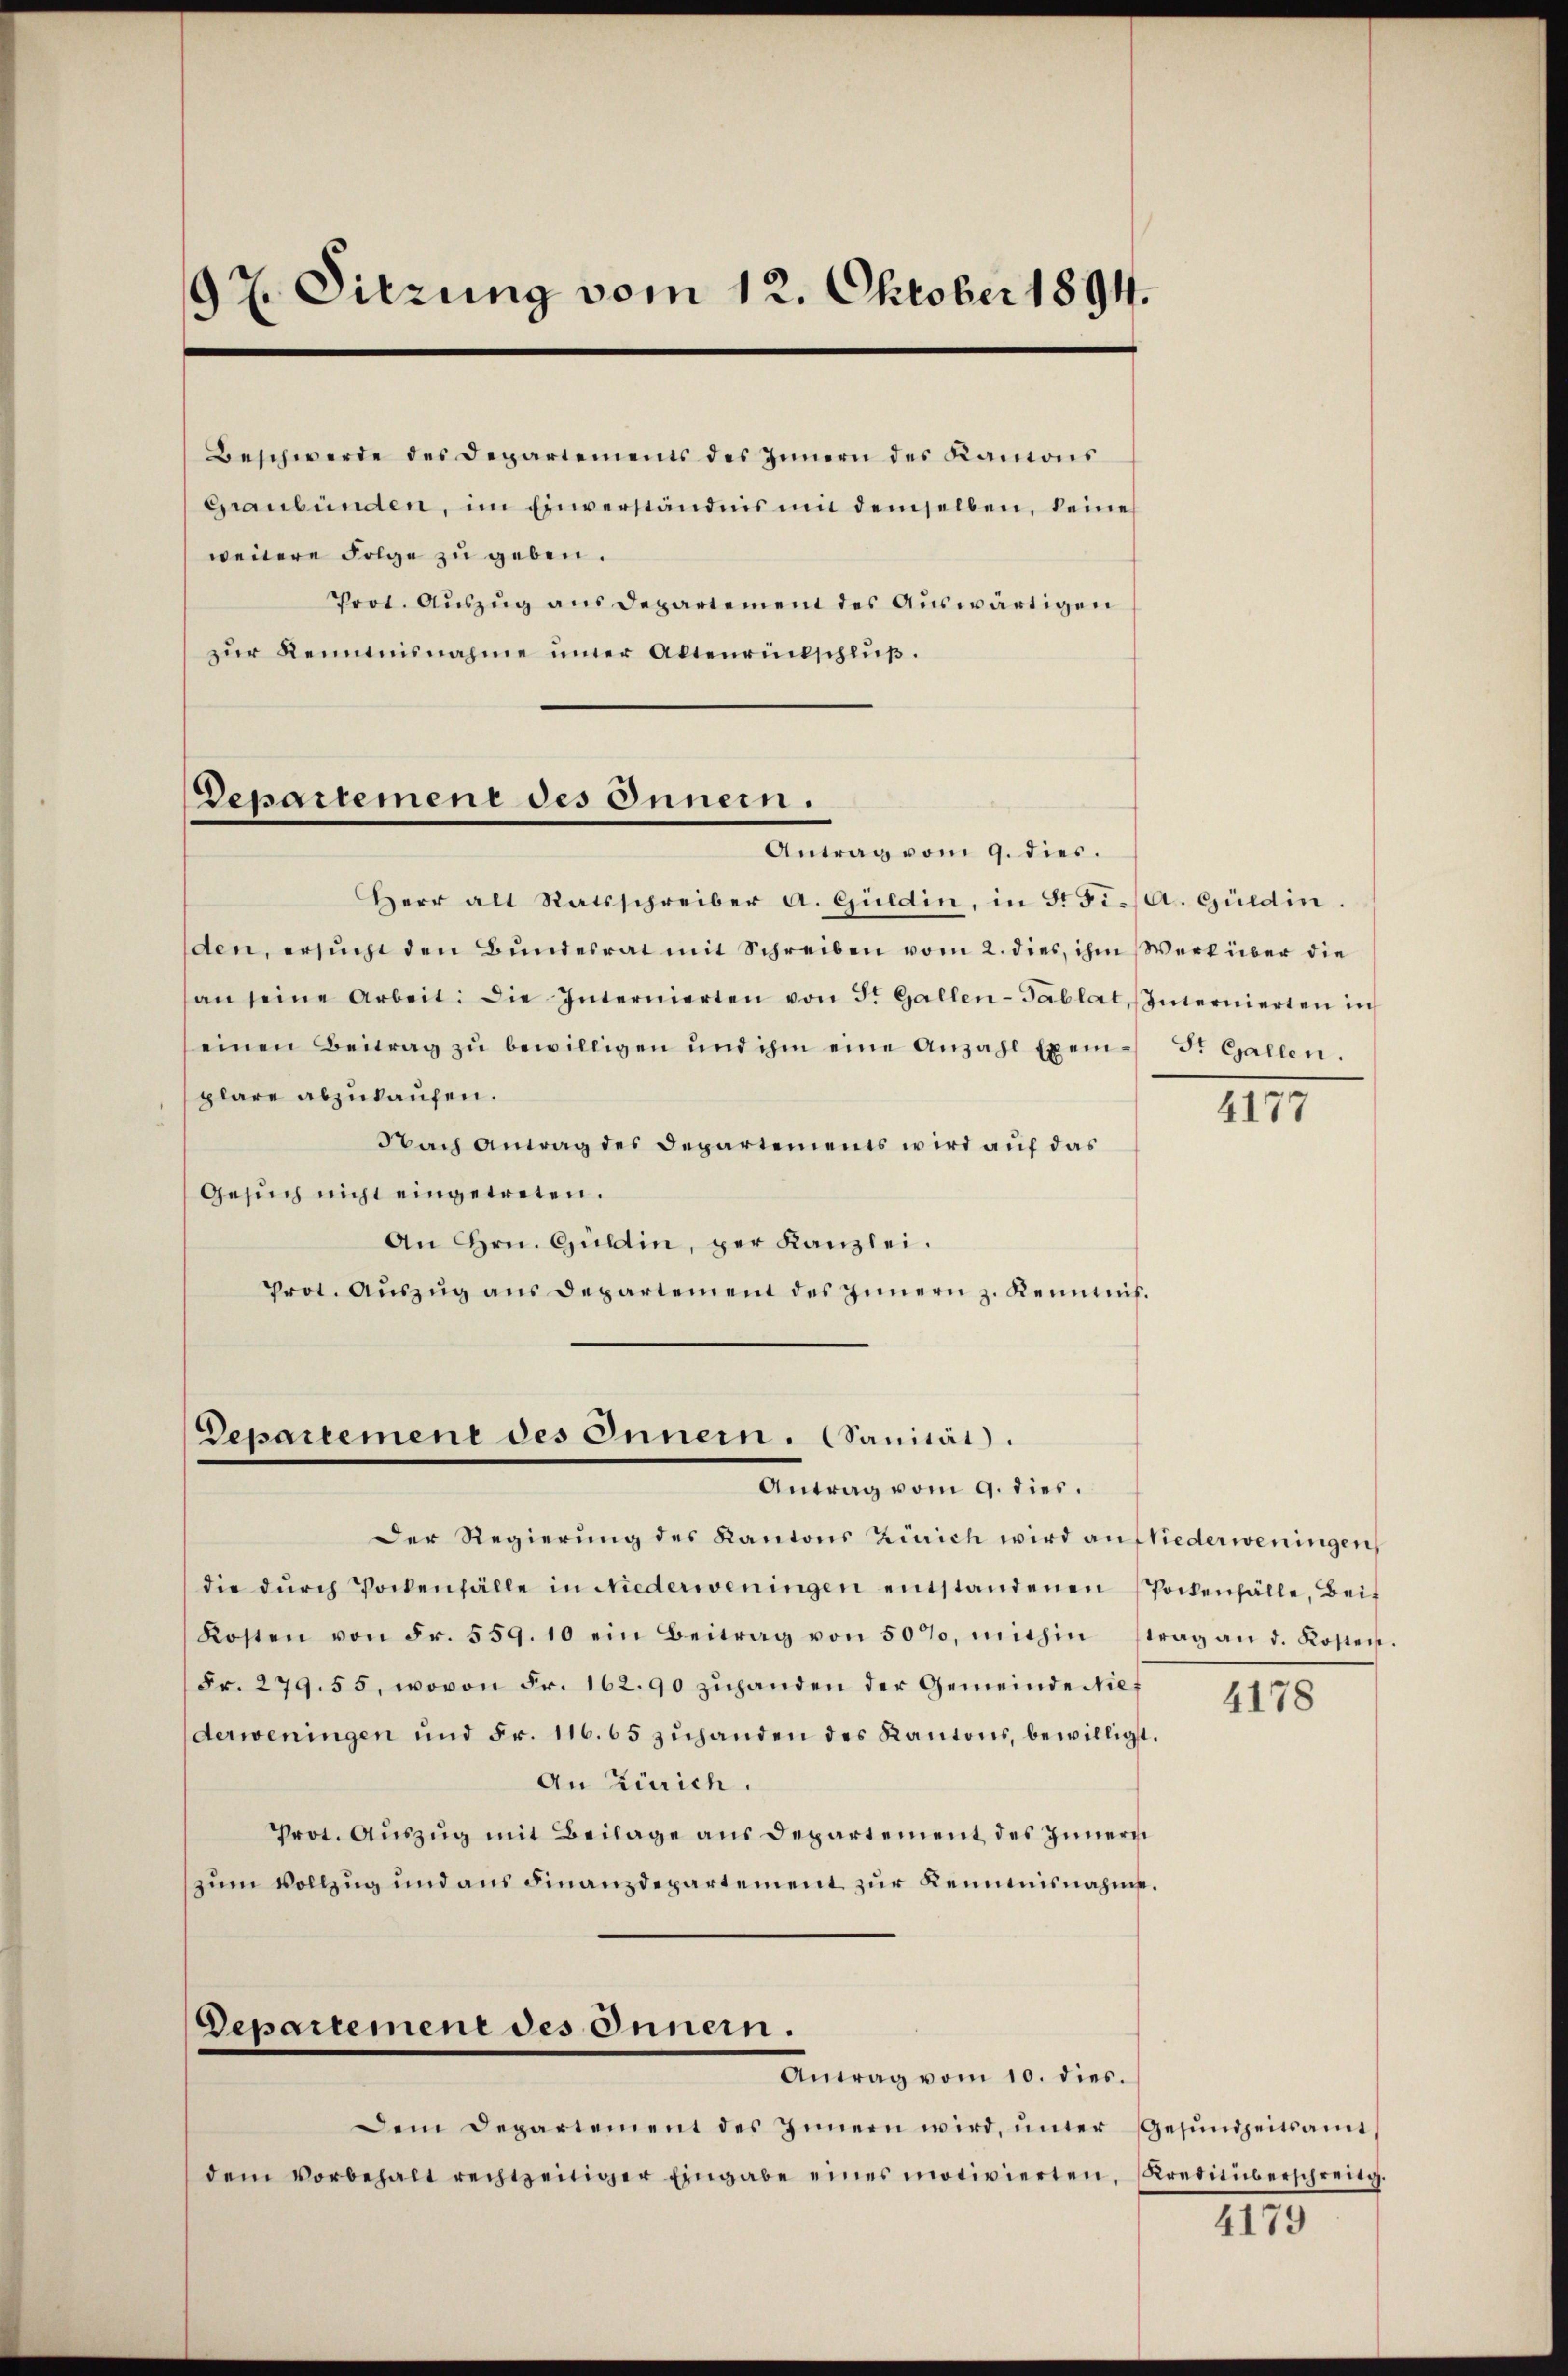
97. Sitzung vom 12. Oktober 1894.

Beschwerde des Departements des Innern des Kantons
Graubünden, im Einverständnis mit demselben, keine
wenere Folge zu geben.
Prot. Auszug aus Departement des Auswärtigen
zŭr Kenntnisnahme iner Altenrückschlŭβ.

Departemene des Innern.

Departement des Innern. Sanität.
Antrag vom 9. dies.

Antrag vom 9. dies.
Herr alt Ratsschreiber a. Guldin, in S. Fis. Guldin.
den, ersucht den Bundesrat mit Schreiben vom 2. dies, ihm Werk über die
an seine Arbeit: Die Internierten von St. Gallen-Tablat Internierten in
einen Beitrag zŭ bewilligen und ihm eine Anzahl Exem- St. Gallen.
plare abzukaufen.
Nach Antag des Departements wird auf das
Gesuch nicht eingetreten.
An Hrn. Gültin, per Kanzlei.
Prot. Aŭszŭg ans Departement des Innern z. Kenntnis.

4177

Der Regierung des Kantons Zürich wird an Niederweningen
die dŭrch Pockenfälle in Niederweningen entstandenen Pockenfälle, Beit
Kosten von Fr. 559. 10 ein Beitrag von 50%, mithin strag an d. Kosten.
Fr. 279. 55, wovon Fr. 162. 90 zuhanden der Gemeinde Niederweningen und Fr. 116. 65 zuhanden des Kantons, bewilligt.
An Zürich.
Prot. Auszug mit Beilage aus Departement des Innern
zum Vollzug und aus Finanzdepartement zur Kenntnisnahme.
Departement des Innern.
Antrag vom 10. dies
Dem Departement des Innern wird ŭnter Gesŭndheitsamt,
dem Vorbehalt rechtzeitiger Eingabe eines motivierten, (Kretiüberschreitg.

4178

4179